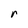
Character: r